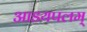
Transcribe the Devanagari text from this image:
आडयपलम्‌